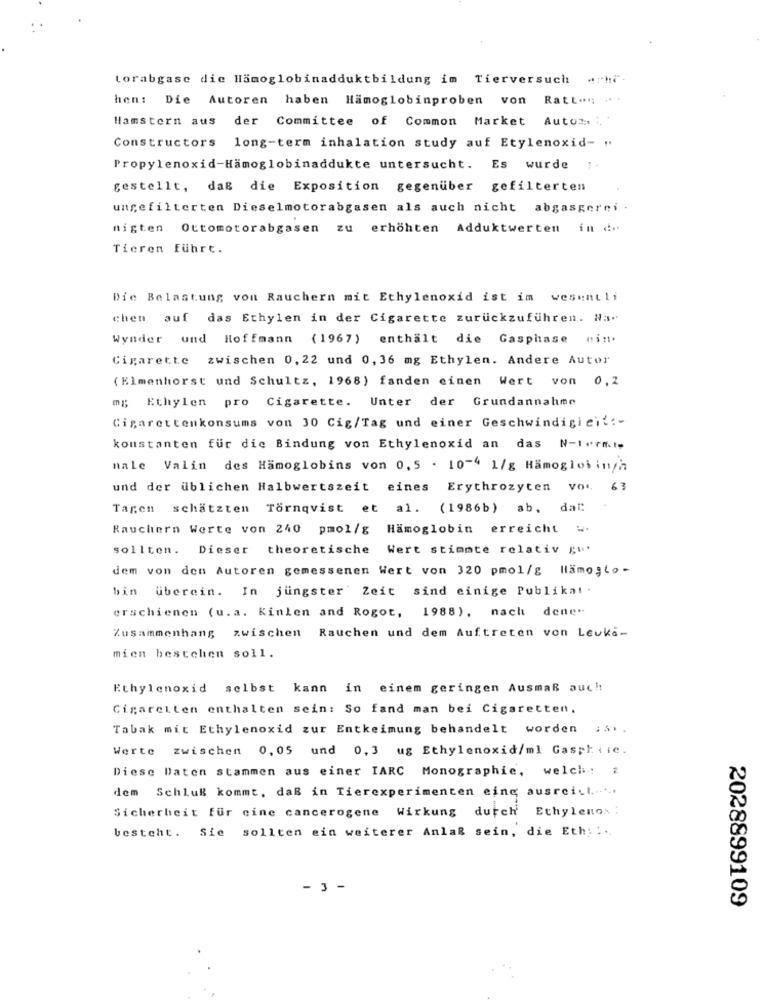
torabgase die Hämoglobinadduktbildung im Tierversuch achi-
hen: Die Autoren haben Hämoglobinproben von
Ratt .. ...
Hamstern aus
der Committee of Common Market Autoz. ;
Constructors long-term inhalation study auf Etylenoxid- "
Propylenoxid-Hämoglobinaddukte untersucht. Es wurde !.
gestellt, daß die Exposition gegenüber gefilterten
ungefilterten Dieselmotorabgasen als auch nicht
abgasgerei .
migten Ottomotorabgasen zu erhöhten Adduktwerten in dr
Tieren führt.
Die Belastung von Rauchern mit Ethylenoxid ist im wesentli
chen auf das Ethylen in der Cigarette zurückzuführen. Na-
Wynder und Hoffmann (1967) enthält die Gasphase nin.
Cigarette zwischen 0,22 und 0,36 mg Ethylen. Andere Autor
(Elmenhorst und Schultz, 1968) fanden einen Wert von 0,2
mg Ethylen pro Cigarette. Unter der Grundannahme
Cigarettenkonsums von 30 Cig/Tag und einer Geschwindigieit :-
konstanten für die Bindung von Ethylenoxid an das N-Iormi-
nale Valin des Hämoglobins von 0,5 . 10-4 1/g Hämoglobingh
und der üblichen Halbwertszeit eines Erythrozyten vor. 63
Tagen schätzten Tornqvist et al. (1986b) ab. dal
Rauchern Werte von 240 pmol/g Hämoglobin erreicht w.
sollten. Dieser theoretische Wert stimmte relativ gu'
dem von den Autoren gemessenen Wert von 320 pmol/g Hämoglo-
bin überein. In jüngster Zeit sind einige Publika! .
erschienen (u.a. Kinlen and Rogot, 1988), nach dene.
Zusammenhang zwischen Rauchen und dem Auftreten von Leuka-
mien bestehen soll.
Ethylenoxid selbst kann in einem geringen Ausmaß auc !!
Cigaretten enthalten sein: So fand man bei Cigaretten.
Tabak mit Ethylenoxid zur Entkeimung behandelt worden
:.. .
Werte zwischen 0,05 und 0, 3 ug Ethylenoxid/ml Gasphiie.
Diese Daten stammen aus einer IARC Monographie, welch: &
dem Schlug kommt, daß in Tierexperimenten eine ausreich ......
Sicherheit für cine cancerogene Wirkung dutch Ethylenox :
sollten ein weiterer Anlaß sein, die Eth; ...
besteht. Sie
-3 -
2028899109